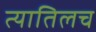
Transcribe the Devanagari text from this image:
त्यातिलच